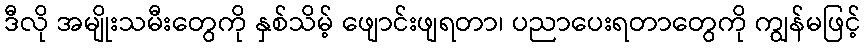
ဒီလို အမျိုးသမီးတွေကို နှစ်သိမ့် ဖျောင်းဖျရတာ၊ ပညာပေးရတာတွေကို ကျွန်မဖြင့်